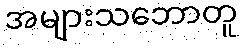
အများသဘောတူ